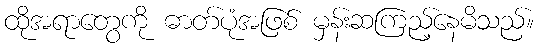
ထိုအရာတွေကို ဓာတ်ပုံအဖြစ် မှန်းဆကြည့်နေမိသည်။